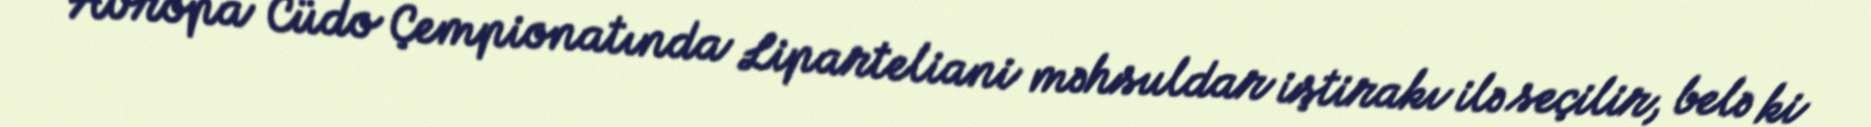
Avropa Cüdo Çempionatında Liparteliani məhsuldar iştirakı ilə seçilir, belə ki